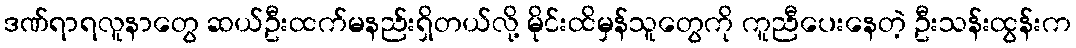
ဒဏ်ရာရလူနာတွေ ဆယ်ဦးထက်မနည်းရှိတယ်လို့ မိုင်းထိမှန်သူတွေကို ကူညီပေးနေတဲ့ ဦးသန်းထွန်းက